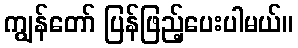
ကျွန်တော် ပြန်ဖြည့်ပေးပါမယ်။